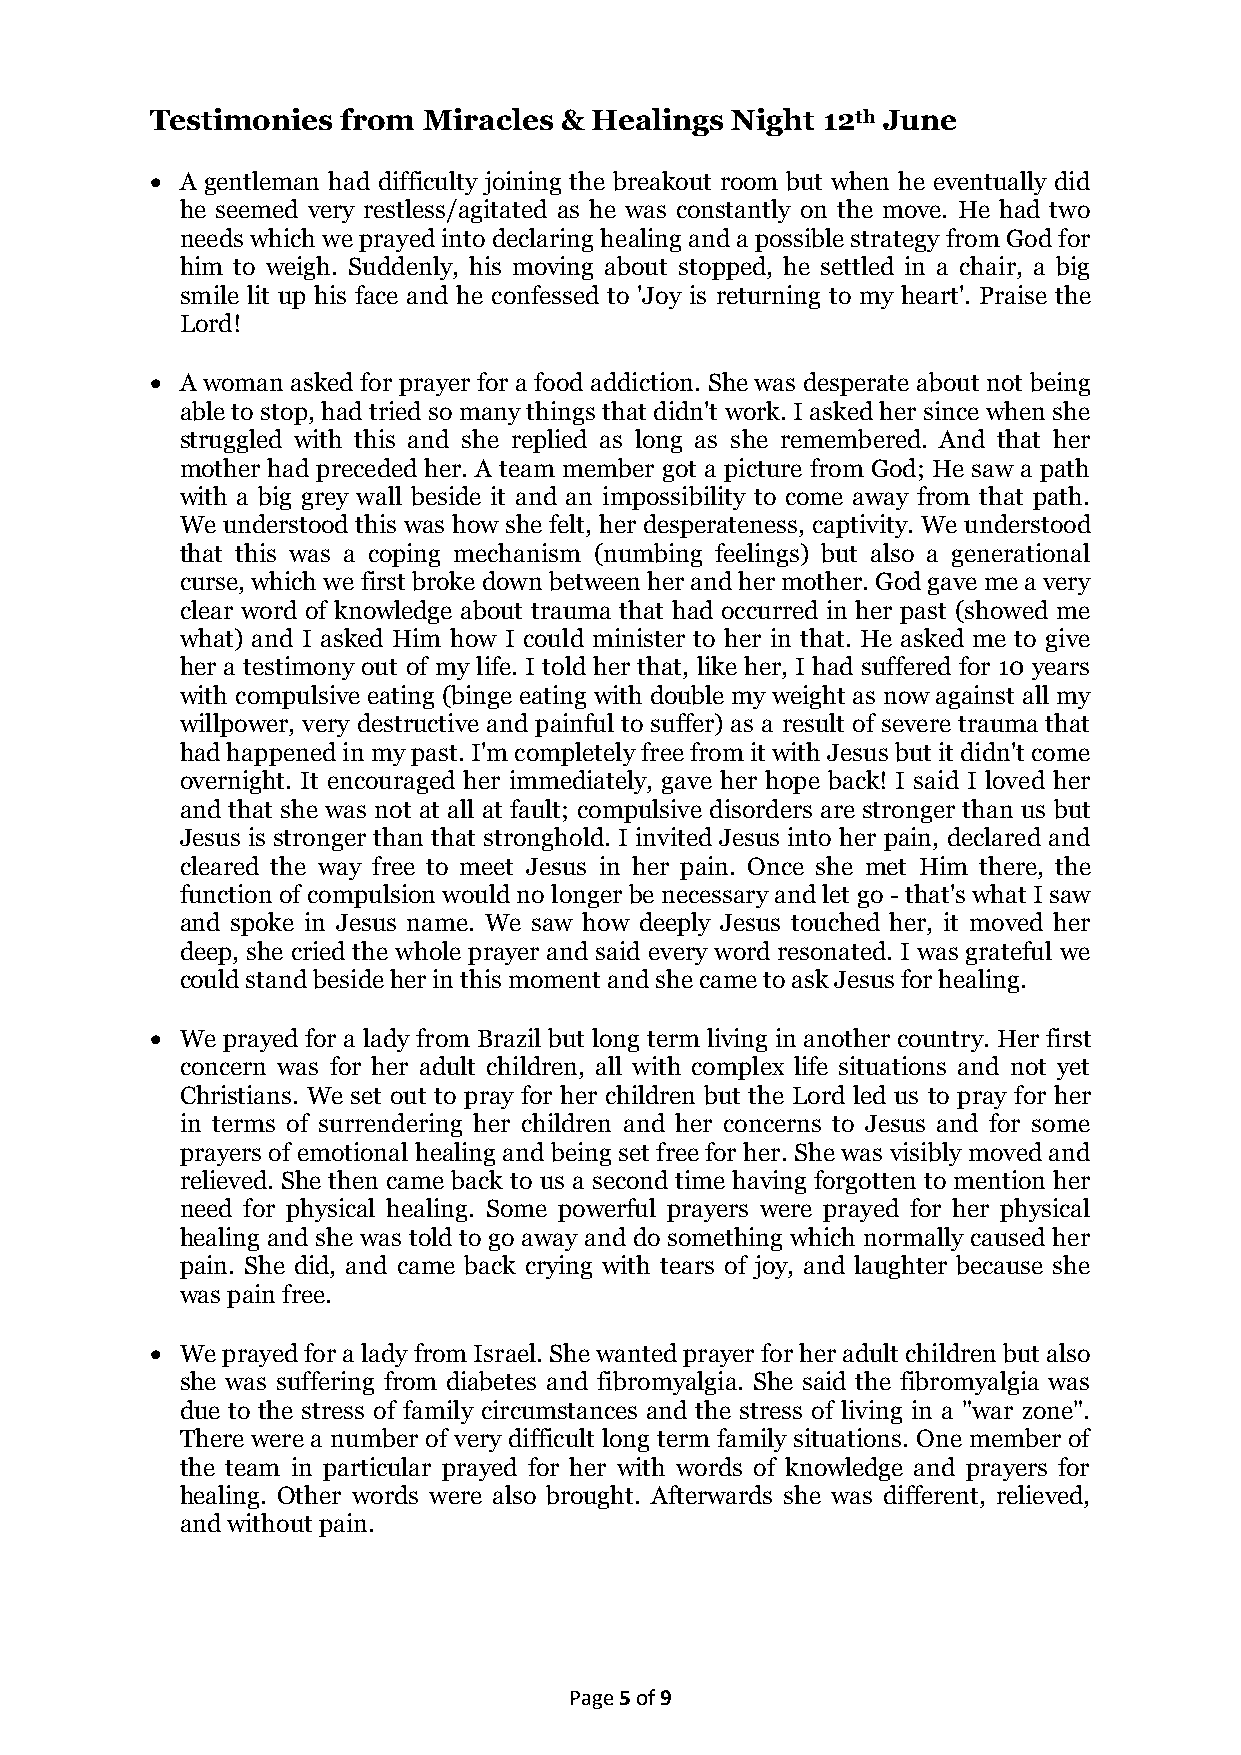
Testimonies  from Miracles & Healings Night 12th June
  A gentleman had difficulty joining the breakout room but when he eventually did
 he seemed very restless/agitated as he was constantly on the move. He had two
 needs which we prayed into declaring healing and a possible strategy from God for
 him to weigh. Suddenly, his moving about stopped, he settled in a chair, a big
 smile lit up his face and he confessed to 'Joy is returning to my heart'. Praise the
 Lord!
  A woman asked for prayer for a food addiction. She was desperate about not being
 able to stop, had tried so many things that didn't work. I asked her since when she
 struggled with this and she replied as long as she remembered. And that her
 mother had preceded her. A team member got a picture from God; He saw a path
 with a big grey wall beside it and an impossibility to come away from that path.
 We understood this was how she felt, her desperateness, captivity. We understood
 that this was a coping mechanism (numbing feelings) but also a generational
 curse, which we first broke down between her and her mother. God gave me a very
 clear word of knowledge about trauma that had occurred in her past (showed me
 what) and I asked Him how I could minister to her in that. He asked me to give
 her a testimony out of my life. I told her that, like her, I had suffered for 10 years
 with compulsive eating (binge eating with double my weight as now against all my
 willpower, very destructive and painful to suffer) as a result of severe trauma that
 had happened in my past. I'm completely free from it with Jesus but it didn't come
 overnight. It encouraged her immediately, gave her hope back! I said I loved her
 and that she was not at all at fault; compulsive disorders are stronger than us but
 Jesus is stronger than that stronghold. I invited Jesus into her pain, declared and
 cleared the way free to meet Jesus in her pain. Once she met Him there, the
 function of compulsion would no longer be necessary and let go - that's what I saw
 and spoke in Jesus name. We saw how deeply Jesus touched her, it moved her
 deep, she cried the whole prayer and said every word resonated. I was grateful we
 could stand beside her in this moment and she came to ask Jesus for healing.
  We prayed for a lady from Brazil but long term living in another country. Her first
 concern was for her adult children, all with complex life situations and not yet
 Christians. We set out to pray for her children but the Lord led us to pray for her
 in terms of surrendering her children and her concerns to Jesus and for some
 prayers of emotional healing and being set free for her. She was visibly moved and
 relieved. She then came back to us a second time having forgotten to mention her
 need for physical healing. Some powerful prayers were prayed for her physical
 healing and she was told to go away and do something which normally caused her
 pain. She did, and came back crying with tears of joy, and laughter because she
 was pain free.
  We prayed for a lady from Israel. She wanted prayer for her adult children but also
 she was suffering from diabetes and fibromyalgia. She said the fibromyalgia was
 due to the stress of family circumstances and the stress of living in a "war zone".
 There were a number of very difficult long term family situations. One member of
 the team in particular prayed for her with words of knowledge and prayers for
 healing. Other words were also brought. Afterwards she was different, relieved,
 and without pain.
 Page 5 of 9